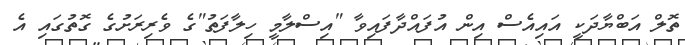
ތޮލް އަބްޔާދަކީ އައިއެސް އިން އުފައްދާފައިވާ "އިސްލާމީ ހިލާފަތު"ގެ ވެރިރަށުގެ ގޮތުގައި އެ